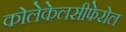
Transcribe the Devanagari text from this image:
कोलेकेलसीफेरोल